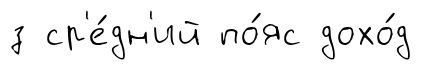
з ср'е́дн'ий по́яс дохо́д